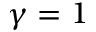
\gamma = 1